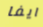
ايفا